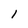
Character: 1